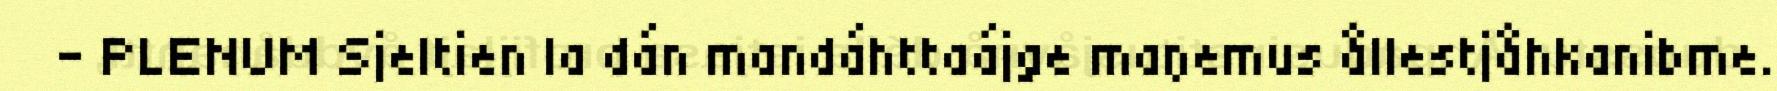
- PLENUM Sjeltien la dán mandáhttaájge maŋemus ållestjåhkanibme.